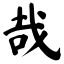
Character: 哉